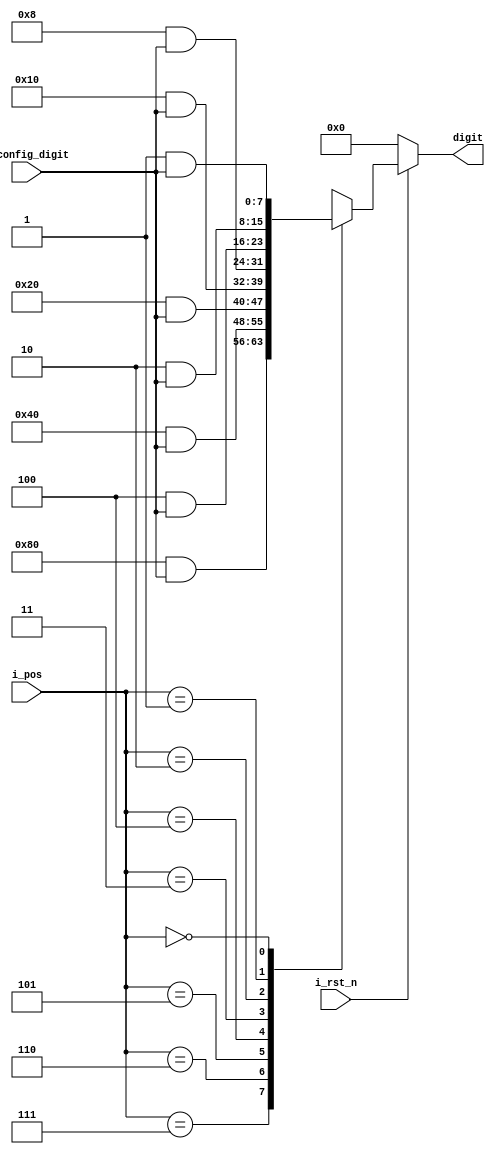
`timescale 1ns / 1ps
//////////////////////////////////////////////////////////////////////////////////
// Company: 
// Engineer: 
// 
// Design Name: 
// Module Name: digit_decoder
// Project Name: 
// Target Devices: 
// Tool Versions: 
// Description: 
// 
// Dependencies: 
// 
// Revision:
// Revision 0.01 - File Created
// Additional Comments:
// 
//////////////////////////////////////////////////////////////////////////////////


module digit_decoder(
    input           i_rst_n,
    input     [2:0] i_pos,
    input     [7:0] i_config_digit,
    output reg[7:0] digit
    );
    
    always@( i_rst_n,i_pos ) begin
        if( !i_rst_n ) begin
            digit <= 8'b00000000;
        end else
        case( i_pos )
            3'b111: digit <= 8'b10000000 & i_config_digit;
            3'b110: digit <= 8'b01000000 & i_config_digit;
            3'b101: digit <= 8'b00100000 & i_config_digit;
            3'b100: digit <= 8'b00010000 & i_config_digit;
            3'b011: digit <= 8'b00001000 & i_config_digit;
            3'b010: digit <= 8'b00000100 & i_config_digit;
            3'b001: digit <= 8'b00000010 & i_config_digit;
            3'b000: digit <= 8'b00000001 & i_config_digit;
            default : digit <= 8'b00000000;
        endcase
    end
endmodule